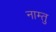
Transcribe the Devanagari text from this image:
नाम्तु